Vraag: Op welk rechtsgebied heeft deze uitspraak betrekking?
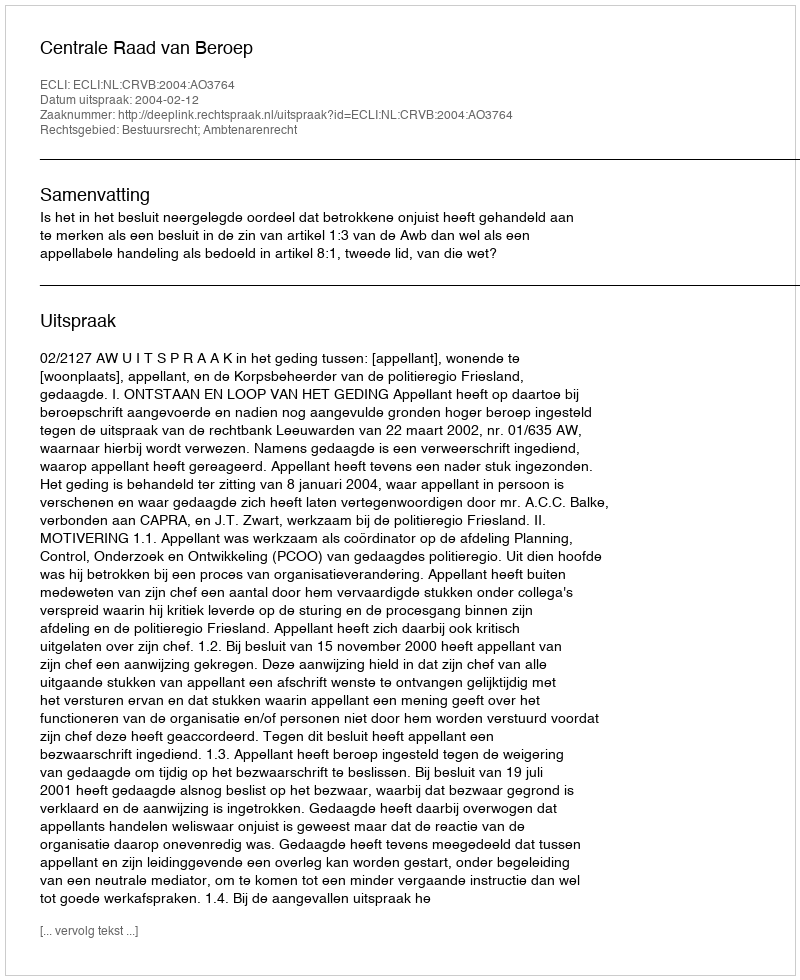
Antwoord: Bestuursrecht; Ambtenarenrecht